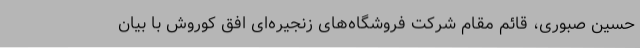
حسین صبوری، قائم مقام شرکت فروشگاه‌های زنجیره‌ای افق کوروش با بیان